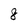
Character: 8